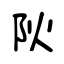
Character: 阦